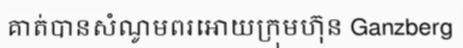
គាត់បានសំណូមពរអោយក្រុមហ៊ុន Ganzberg